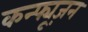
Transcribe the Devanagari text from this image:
कन्फ्यूज़न